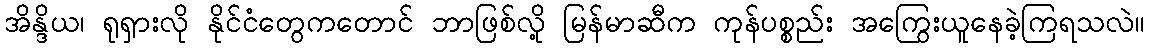
အိန္ဒိယ၊ ရုရှားလို နိုင်ငံတွေကတောင် ဘာဖြစ်လို့ မြန်မာဆီက ကုန်ပစ္စည်း အကြွေးယူနေခဲ့ကြရသလဲ။